Report of the Indian Hemp Drugs Commission, 1894-1895 - Volume V
Year: 1894
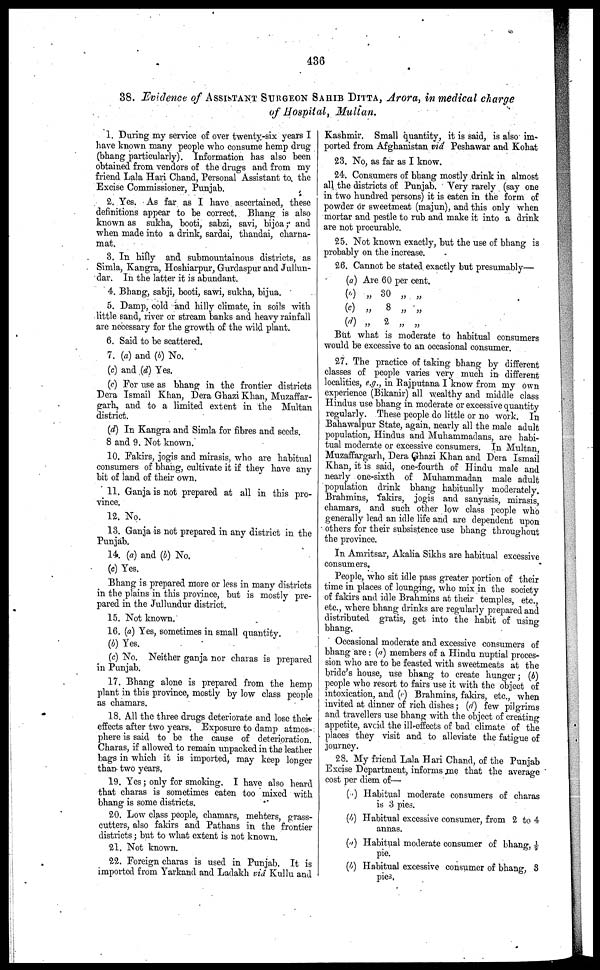
436
38. Evidence of ASSISTANT SURGEON SAHIB DITTA, Arora, in medical charge
of Hospital, Mullan.
1. During my service of over twenty-six years I
have known many people who consume hemp drug
(bhang particularly). Information has also been
obtained from vendors of the drugs and from my
friend Lala Hari Chand, Personal Assistant to the
Excise Commissioner, Punjab.
2. Yes. As far as I have ascertained, these
definitions appear to be correct. Bhang is also
known as sukha, booti, sabzi, savi, bijoa; and
when made into a drink, sardai, thandai, charna-
mat.
3. In hilly and submountainous districts, as
Simla, Kangra, Hoshiarpur, Gurdaspur and Jullun-
dar. In the latter it is abundant.
4. Bhang, sabji, booti, sawi, sukha, bijua.
5. Damp, cold and hilly climate, in soils with
little sand, river or stream banks and heavy rainfall
are necessary for the growth of the wild plant.
6. Said to be scattered.
7. (a) and (b) No.
(c) and (d) Yes.
(e) For use as bhang in the frontier districts
Dera Ismail Khan, Dera Ghazi Khan, Muzaffar-
garh, and to a limited extent in the Multan
district.
(d) In Kangra and Simla for fibres and seeds.
8 and 9. Not known.
10. Fakirs, jogis and mirasis, who are habitual
consumers of bhang, cultivate it if they have any
bit of land of their own.
11. Ganja is not prepared at all in this pro-
vince.
12. No.
13. Ganja is not prepared in any district in the
Punjab.
14. (a) and (b) No.
(c) Yes.
Bhang is prepared more or less in many districts
in the plains in this province, but is mostly pre-
pared in the Jullundur district.
15. Not known.
16. (a) Yes, sometimes in small quantity.
(A) Yes.
(c) No. Neither ganja nor charas is prepared
in Punjab.
17. Bhang alone is prepared from the hemp
plant in this province, mostly by low class people
as chamars.
18. All the three drugs deteriorate and lose their
effects after two years. Exposure to damp atmos-
phere is said to be the cause of deterioration.
Charas, if allowed to remain unpacked in the leather
bags in which it is imported, may keep longer
than two years.
19. Yes; only for smoking. I have also heard
that charas is sometimes eaten too mixed with
bhang is some districts.
20. Low class people, chamars, mehters, grass-
cutters, also fakirs and Pathans in the frontier
districts; but to what extent is not known.
21. Not known.
22. Foreign charas is used in Punjab. It is
imported from Yarkand and Ladakh via Kullu and
Kashmir. Small quantity, it is said, is also im-
ported from Afghanistan via Peshawar and Kohat
23. No, as far as I know.
24. Consumers of bhang mostly drink in almost
all the districts of Punjab. Very rarely (say one
in two hundred persons) it is eaten in the form of
powder or sweetmeat (majun), and this only when
mortar and pestle to rub and make it into a drink
are not procurable.
25. Not known exactly, but the use of bhang is
probably on the increase.
26. Cannot be stated exactly but presumably—
(a)
(b)
(c)
(d)
Are 60 per cent.
„ 30 „ „
„
8
„
„
„ 2 „ „
But what is moderate to habitual consumers
would be excessive to an occasional consumer.
27. The practice of taking bhang by different
classes of people varies very much in different
localities, e.g., in Rajputana I know from my own
experience (Bikanir) all wealthy and middle class
Hindus use bhang in moderate or excessive quantity
regularly. These people do little or no work. In
Bahawalpur State, again, nearly all the male adult
population, Hindus and Muhammadans, are habi-
tual moderate or excessive consumers. In Multan,
Muzaffargarh, Dera Ghazi Khan and Dera Ismail
Khan, it is said, one-fourth of Hindu male and
nearly one-sixth of Muhammadan male adult
population drink bhang habitually moderately.
Brahmins, fakirs, jogis and sanyasis, mirasis,
chamars, and such other low class people who
generally lead an idle life and are dependent upon
others for their subsistence use bhang throughout
the province.
In Amritsar, Akalia Sikhs are habitual excessive
consumers.
People, who sit idle pass greater portion of their
time in places of lounging, who mix in the society
of fakirs and idle Brahmins at their temples, etc.,
etc., where bhang drinks are regularly prepared and
distributed gratis, get into the habit of using
bhang.
Occasional moderate and excessive consumers of
bhang are : (a) members of a Hindu nuptial proces-
sion who are to be feasted with sweetmeats at the
bride's house, use bhang to create hunger; (b)
people who resort to fairs use it with the object of
intoxication, and (c) Brahmins, fakirs, etc., when
invited at dinner of rich dishes; (d) few pilgrims
and travellers use bhang with the object of creating
appetite, avoid the ill-effects of bad climate of the
places they visit and to alleviate the fatigue of
journey.
28. My friend Lala Hari Chand, of the Punjab
Excise Department, informs me that the average
cost per diem of—
(a) Habitual moderate consumers of charas
is 3 pies.
(b) Habitual excessive consumer, from 2 to 4
annas.
(a) Habitual moderate consumer of bhang, 1/9
pie.
(b) Habitual excessive consumer of bhang, 8
pies.